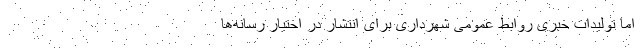
اما تولیدات خبری روابط عمومی شهرداری برای انتشار در اختیار رسانه‌ها